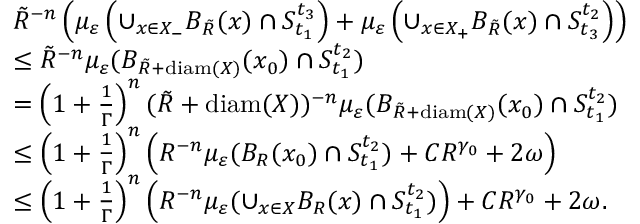
\begin{array} { r l } & { \tilde { R } ^ { - n } \left( \mu _ { \varepsilon } \left( \cup _ { x \in X _ { - } } B _ { \tilde { R } } ( x ) \cap S _ { t _ { 1 } } ^ { t _ { 3 } } \right) + \mu _ { \varepsilon } \left( \cup _ { x \in X _ { + } } B _ { \tilde { R } } ( x ) \cap S _ { t _ { 3 } } ^ { t _ { 2 } } \right) \right) } \\ & { \leq \tilde { R } ^ { - n } \mu _ { \varepsilon } ( B _ { \tilde { R } + \mathrm { d i a m } ( X ) } ( x _ { 0 } ) \cap S _ { t _ { 1 } } ^ { t _ { 2 } } ) } \\ & { = \left( 1 + \frac { 1 } { \Gamma } \right) ^ { n } ( \tilde { R } + \mathrm { d i a m } ( X ) ) ^ { - n } \mu _ { \varepsilon } ( B _ { \tilde { R } + \mathrm { d i a m } ( X ) } ( x _ { 0 } ) \cap S _ { t _ { 1 } } ^ { t _ { 2 } } ) } \\ & { \leq \left( 1 + \frac { 1 } { \Gamma } \right) ^ { n } \left( R ^ { - n } \mu _ { \varepsilon } ( B _ { R } ( x _ { 0 } ) \cap S _ { t _ { 1 } } ^ { t _ { 2 } } ) + C R ^ { \gamma _ { 0 } } + 2 \omega \right) } \\ & { \leq \left( 1 + \frac { 1 } { \Gamma } \right) ^ { n } \left( R ^ { - n } \mu _ { \varepsilon } ( \cup _ { x \in X } B _ { R } ( x ) \cap S _ { t _ { 1 } } ^ { t _ { 2 } } ) \right) + C R ^ { \gamma _ { 0 } } + 2 \omega . } \end{array}